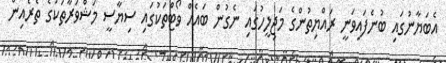
އެބަޔާނުގައި ބުނެފައިވަނީ ރައްޔިތުންގެ މަޖިލީހުގައި ނެގުން ބައެއް ވޯޓްތަކުގައި ސިޔާސީ މަޝްވަރާތަކުގެ ތެރެއިން